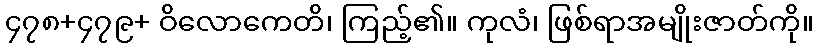
၄၇၈+၄၇၉+ ဝိလောကေတိ၊ ကြည့်၏။ ကုလံ၊ ဖြစ်ရာအမျိုးဇာတ်ကို။